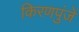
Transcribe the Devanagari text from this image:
किरणपुंजें